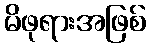
မိဖုရားအဖြစ်